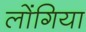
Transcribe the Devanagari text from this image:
लोंगिया